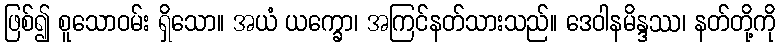
ဖြစ်၍ စူသောဝမ်း ရှိသော။ အယံ ယက္ခော၊ အကြင်နတ်သားသည်။ ဒေဝါနမိန္ဒဿ၊ နတ်တို့ကို